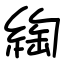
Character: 綯